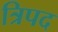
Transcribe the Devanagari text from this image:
त्रिपद